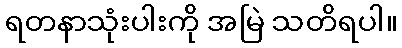
ရတနာသုံးပါးကို အမြဲ သတိရပါ။